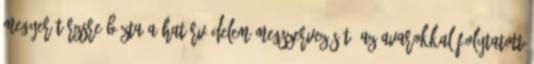
Megyer Törzsre bízta a határvédelem megszervezését. Az Avarokkal folytatott